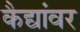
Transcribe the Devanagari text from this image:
कैद्यांवर